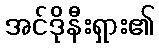
အင်ဒိုနီးရှား၏